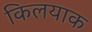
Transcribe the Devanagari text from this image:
किलयाक